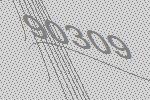
90309